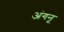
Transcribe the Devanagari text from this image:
अंगनू